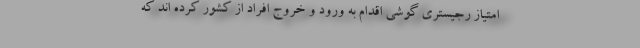
امتیاز رجیستری گوشی اقدام به ورود و خروج افراد از کشور کرده اند که